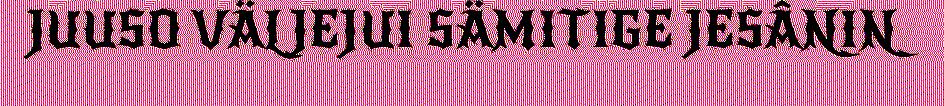
JUUSO VÄLJEJUI SÄMITIGE JESÂNIN